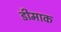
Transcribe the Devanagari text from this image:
डीमाक